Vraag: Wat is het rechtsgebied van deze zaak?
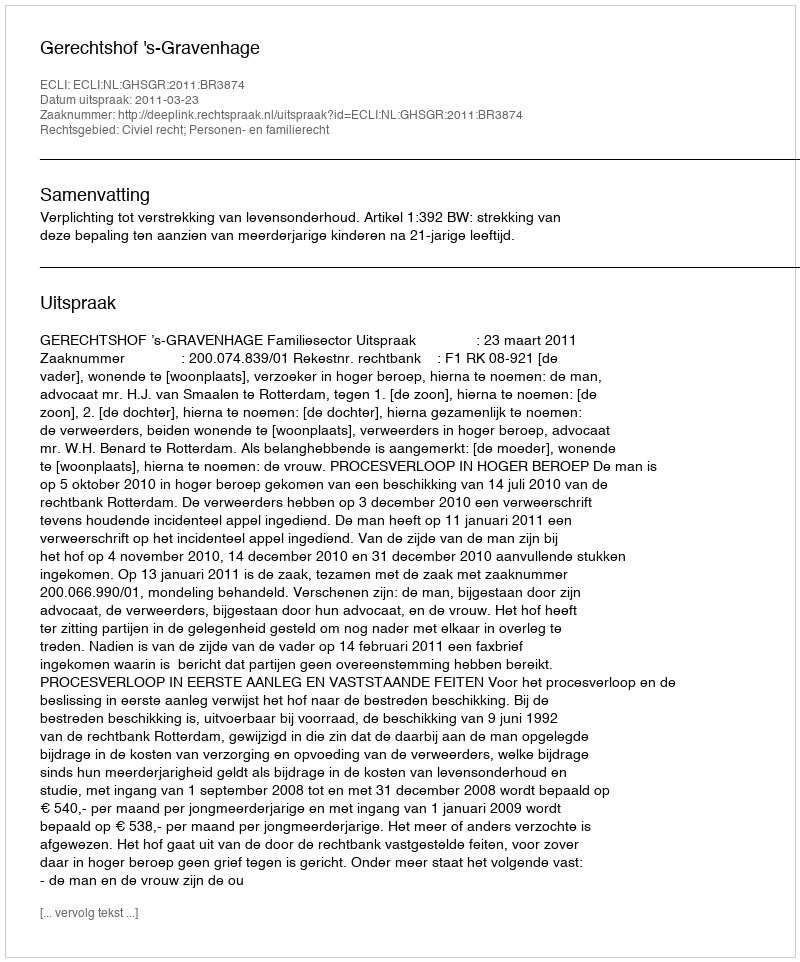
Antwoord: Civiel recht; Personen- en familierecht